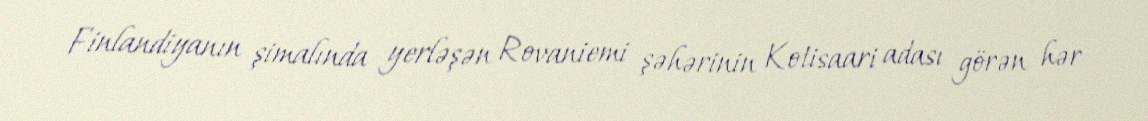
Finlandiyanın şimalında yerləşən Rovaniemi şəhərinin Kotisaari adası görən hər